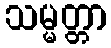
သမ္မတ္တာ